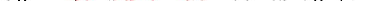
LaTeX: \smash{\upsilon_{0}\equiv\ensuremath{\mathrm{\ textsl{v}}_{0}}^{2}/\nu}